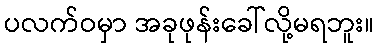
ပလက်ဝမှာ အခုဖုန်းခေါ်လို့မရဘူး။